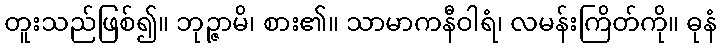
တူးသည်ဖြစ်၍။ ဘုဉ္ဇာမိ၊ စား၏။ သာမာကနီဝါရံ၊ လမန်းကြိတ်ကို။ ဓုနံ